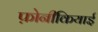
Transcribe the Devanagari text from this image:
फ़ोनीकियाई